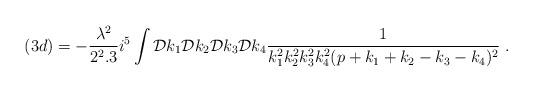
LaTeX: \begin{align*}(3d)= -\frac{\lambda^2}{2^2.3} i^5 \int {\cal D} k_1 {\cal D} k_2{\cal D} k_3 {\cal D} k_4 \frac{1}{k_1^2 k_2^2 k_3^2 k_4^2 (p+k_1 +k_2 -k_3 -k_4)^2}\; .\end{align*}